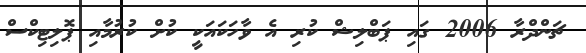
ޗަންދްރާ 2006 ގައި ޕަބްލިޝް ކުރި އެ ވާހަކައަކީ ކުށް ކުރުމާއި ޕޮލިޓިކްސް